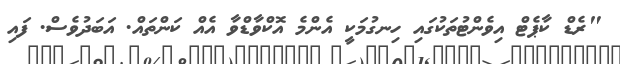
"ރެޑް ކާޕެޓް އިވެންޓުތަކުގައި ހިނގުމަކީ އެންމެ އޮކްވާޑްވާ އެއް ކަންތައް. އަބަދުވެސް. ފައި